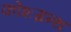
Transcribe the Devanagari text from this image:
कोशग्रन्थ